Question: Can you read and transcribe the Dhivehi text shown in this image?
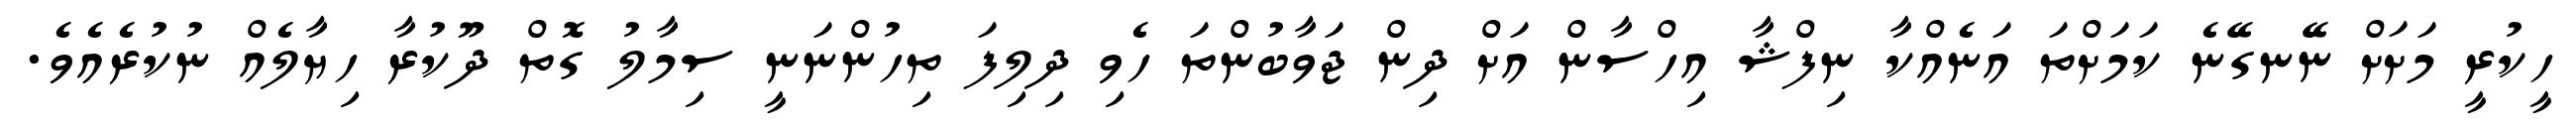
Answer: ހީކުރީ މަށަށް ނޭނގޭނެ ކަމަށްތަ އަނެއްކާ ނިފްޝާ އިހްސާން އަށް ދިން ޖަވާބުންތަ ހެވި ދިލިފަ ތިހުންނަނީ ސިމާލު ގޮތް ދޫކުރާ ހިޔާލެއް ނުކުރެއެވެ.